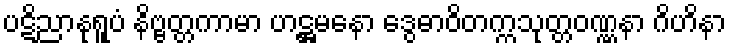
ပဋိညာနုရူပံ နိဗ္ဗတ္တကာမာ ဟဋ္ဌမနော ဒွေဓာဝိတက္ကသုတ္တဝဏ္ဏနာ ဂိဟိနာ